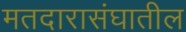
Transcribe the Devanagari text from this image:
मतदारासंघातील